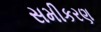
સમીકરણ